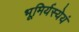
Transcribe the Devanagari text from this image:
भूमिर्यस्येयं